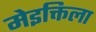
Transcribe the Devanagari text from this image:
मेइक्तिला